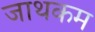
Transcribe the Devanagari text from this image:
जाथकम